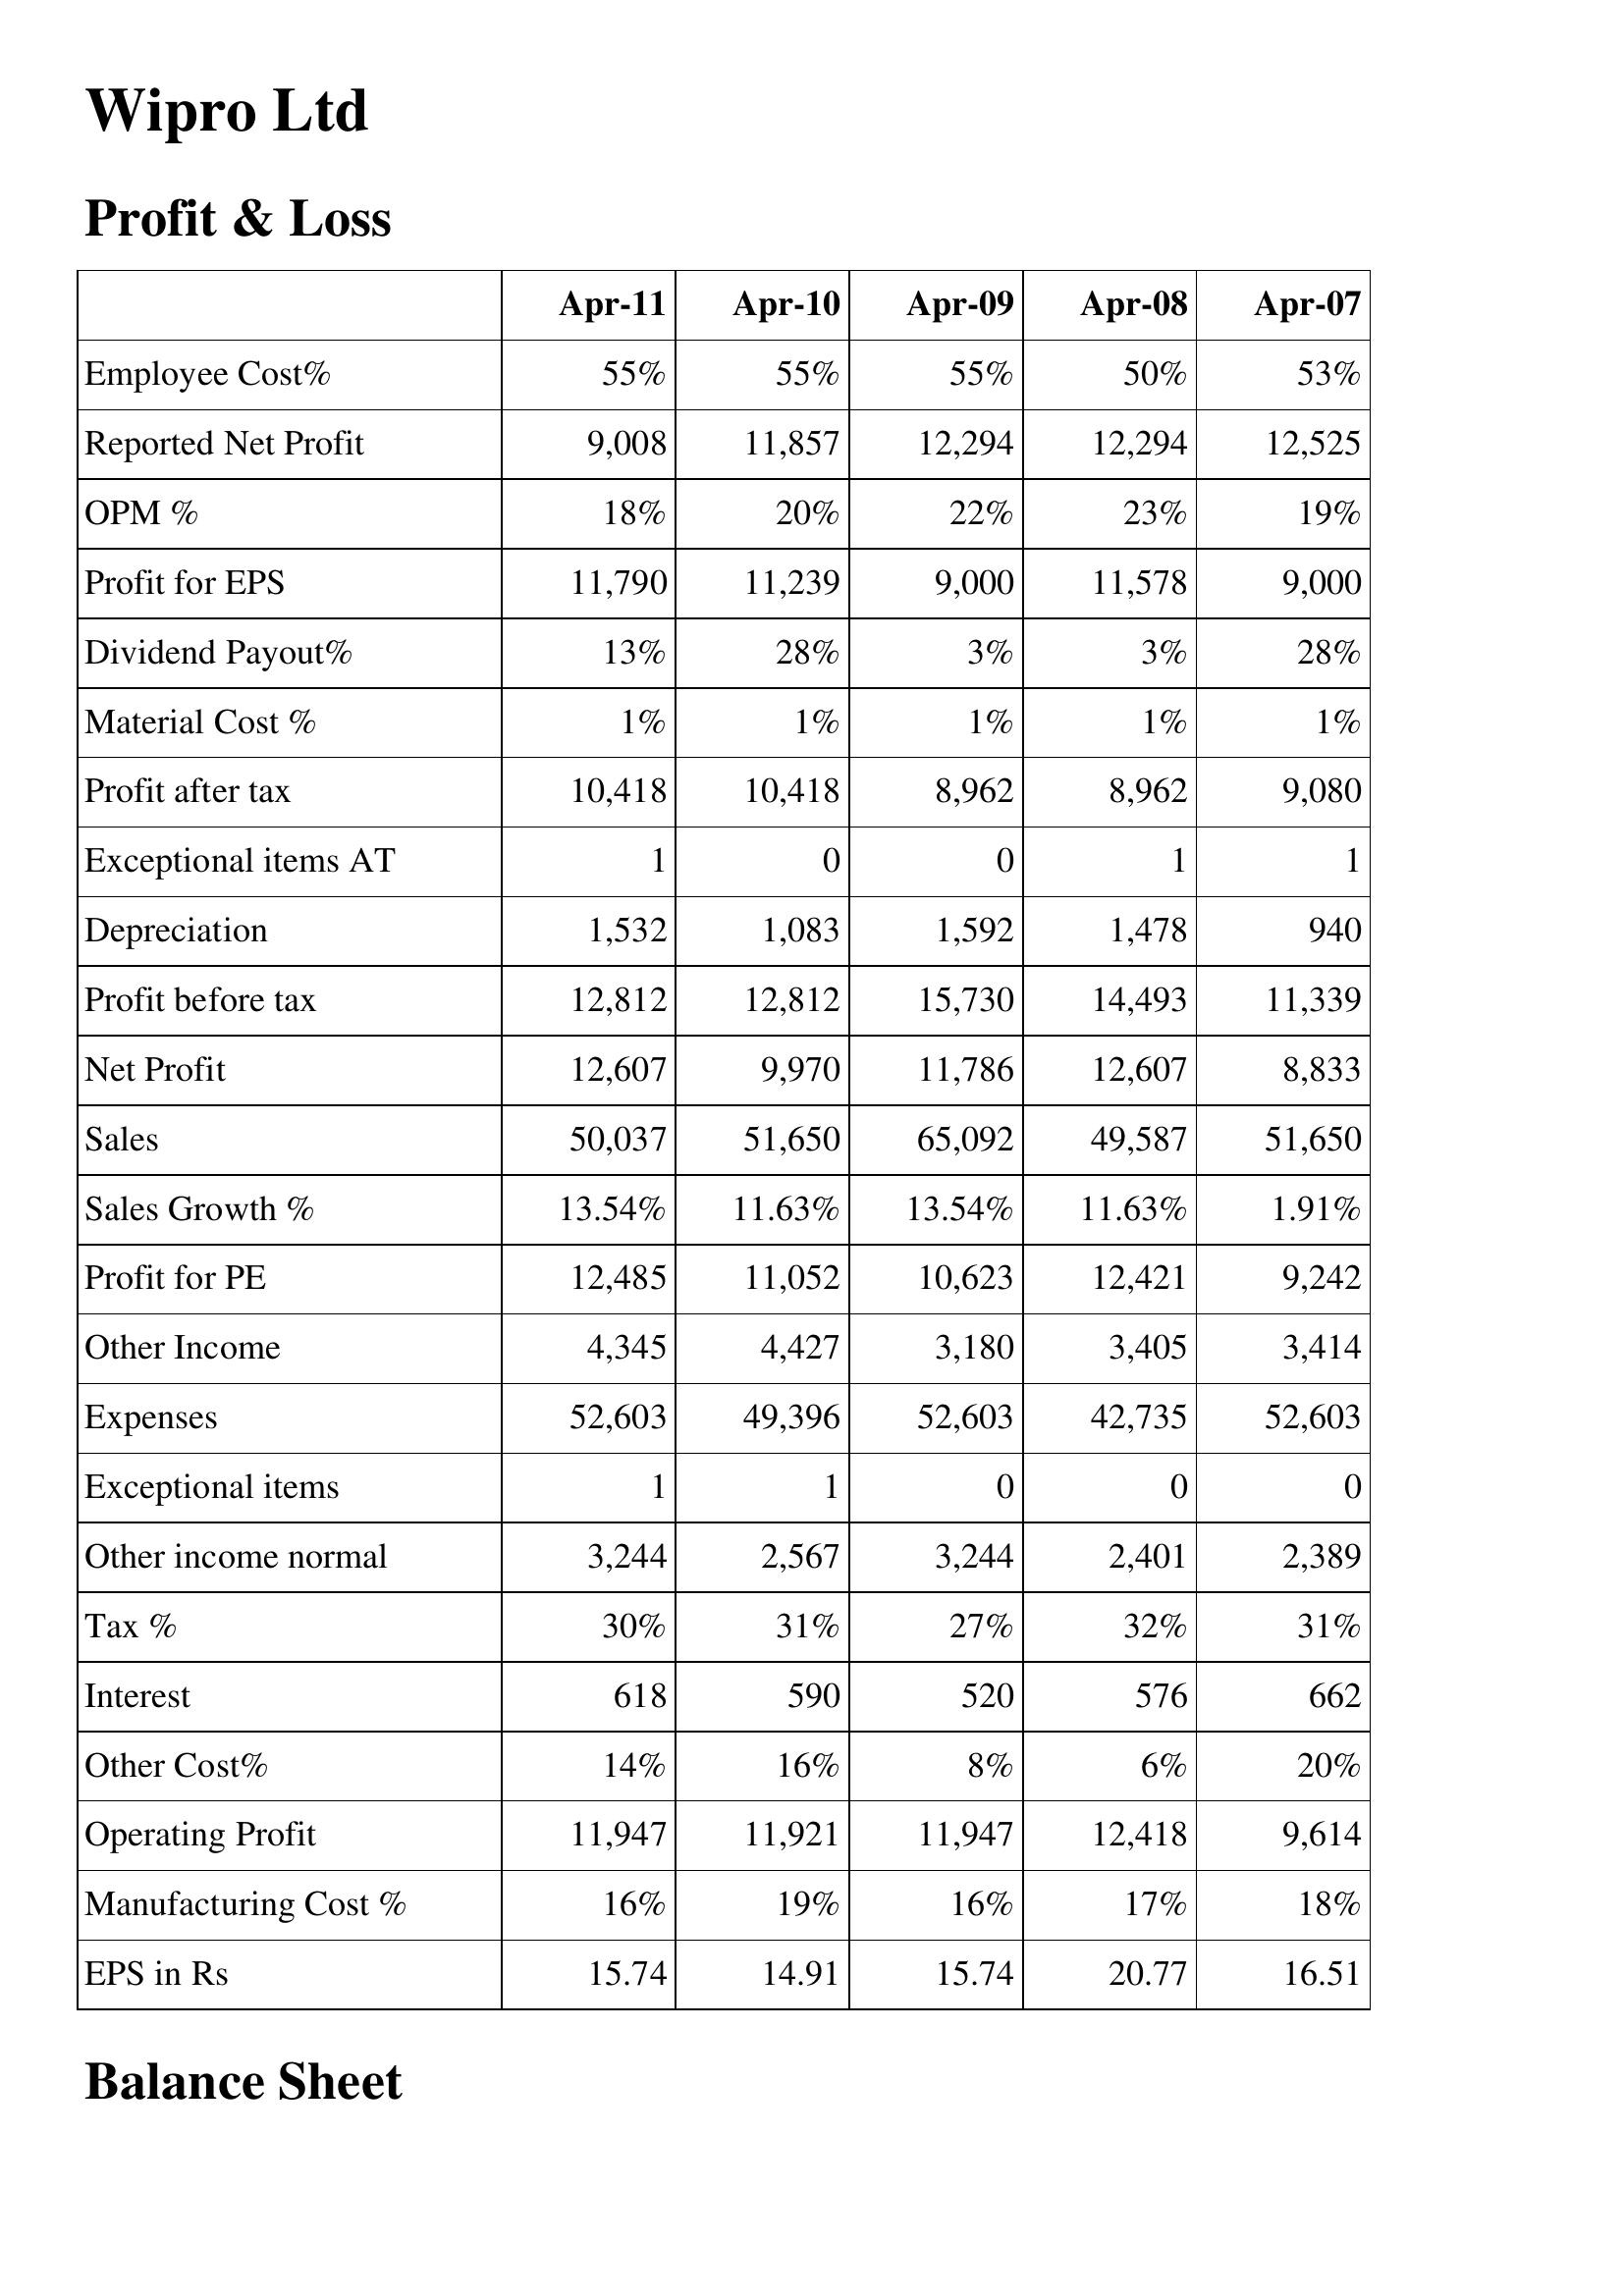
Apr-11: Profit & Loss: Employee Cost%: 55%
Reported Net Profit: 9,008
OPM %: 18%
Profit for EPS: 11,790
Dividend Payout%: 13%
Material Cost %: 1%
Profit after tax: 10,418
Exceptional items AT: 1
Depreciation: 1,532
Profit before tax: 12,812
Net Profit: 12,607
Sales: 50,037
Sales Growth %: 13.54%
Profit for PE: 12,485
Other Income: 4,345
Expenses: 52,603
Exceptional items: 1
Other income normal: 3,244
Tax %: 30%
Interest: 618
Other Cost%: 14%
Operating Profit: 11,947
Manufacturing Cost %: 16%
EPS in Rs: 15.74
Apr-10: Profit & Loss: Employee Cost%: 55%
Reported Net Profit: 11,857
OPM %: 20%
Profit for EPS: 11,239
Dividend Payout%: 28%
Material Cost %: 1%
Profit after tax: 10,418
Exceptional items AT: 0
Depreciation: 1,083
Profit before tax: 12,812
Net Profit: 9,970
Sales: 51,650
Sales Growth %: 11.63%
Profit for PE: 11,052
Other Income: 4,427
Expenses: 49,396
Exceptional items: 1
Other income normal: 2,567
Tax %: 31%
Interest: 590
Other Cost%: 16%
Operating Profit: 11,921
Manufacturing Cost %: 19%
EPS in Rs: 14.91
Apr-09: Profit & Loss: Employee Cost%: 55%
Reported Net Profit: 12,294
OPM %: 22%
Profit for EPS: 9,000
Dividend Payout%: 3%
Material Cost %: 1%
Profit after tax: 8,962
Exceptional items AT: 0
Depreciation: 1,592
Profit before tax: 15,730
Net Profit: 11,786
Sales: 65,092
Sales Growth %: 13.54%
Profit for PE: 10,623
Other Income: 3,180
Expenses: 52,603
Exceptional items: 0
Other income normal: 3,244
Tax %: 27%
Interest: 520
Other Cost%: 8%
Operating Profit: 11,947
Manufacturing Cost %: 16%
EPS in Rs: 15.74
Apr-08: Profit & Loss: Employee Cost%: 50%
Reported Net Profit: 12,294
OPM %: 23%
Profit for EPS: 11,578
Dividend Payout%: 3%
Material Cost %: 1%
Profit after tax: 8,962
Exceptional items AT: 1
Depreciation: 1,478
Profit before tax: 14,493
Net Profit: 12,607
Sales: 49,587
Sales Growth %: 11.63%
Profit for PE: 12,421
Other Income: 3,405
Expenses: 42,735
Exceptional items: 0
Other income normal: 2,401
Tax %: 32%
Interest: 576
Other Cost%: 6%
Operating Profit: 12,418
Manufacturing Cost %: 17%
EPS in Rs: 20.77
Apr-07: Profit & Loss: Employee Cost%: 53%
Reported Net Profit: 12,525
OPM %: 19%
Profit for EPS: 9,000
Dividend Payout%: 28%
Material Cost %: 1%
Profit after tax: 9,080
Exceptional items AT: 1
Depreciation: 940
Profit before tax: 11,339
Net Profit: 8,833
Sales: 51,650
Sales Growth %: 1.91%
Profit for PE: 9,242
Other Income: 3,414
Expenses: 52,603
Exceptional items: 0
Other income normal: 2,389
Tax %: 31%
Interest: 662
Other Cost%: 20%
Operating Profit: 9,614
Manufacturing Cost %: 18%
EPS in Rs: 16.51